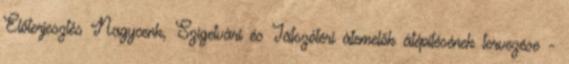
Előterjesztés Nagycenk, Szigetvári és Játszótéri átemelők átépítésének tervezése -